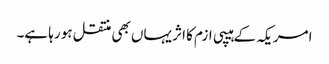
امریکہ کے ہیپی ازم کا اثر یہاں بھی منتقل ہو رہا ہے۔